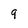
Character: 9